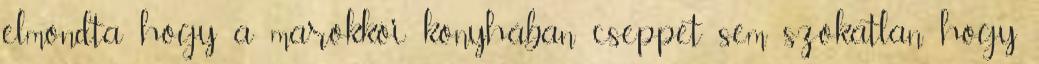
elmondta hogy a marokkói konyhában cseppet sem szokatlan hogy